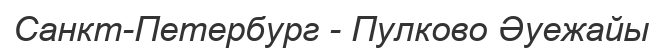
Санкт-Петербург - Пулково Әуежайы